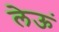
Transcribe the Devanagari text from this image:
लेऊं